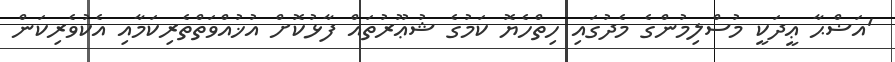
'އަޟްޙާ ޢީދަކީ މުސްލިމުންގެ މެދުގައި ހިތްހެޔޮ ކަމުގެ ޝުޢޫރުތައް ފާޅުކޮށް އުޚުއްވަތްތެރިކަމާއި އެކުވެރިކަން